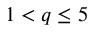
1 < q \leq 5